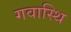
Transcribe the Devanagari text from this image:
गवास्थि